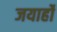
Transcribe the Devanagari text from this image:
जयार्हो